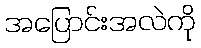
အပြောင်းအလဲကို